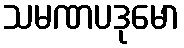
သမဏပဒုမော